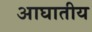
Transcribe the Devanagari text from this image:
आघातीय